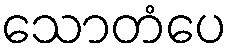
သောတံပေ